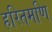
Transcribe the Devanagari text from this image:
हरितमणि